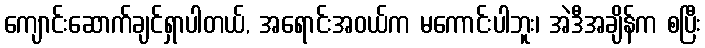
ကျောင်းဆောက်ချင်ရှာပါတယ်, အရောင်းအဝယ်က မကောင်းပါဘူး၊ အဲဒီအချိန်က စပြီး